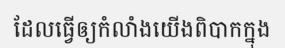
ដែលធ្វើឲ្យកំលាំងយើងពិបាកក្នុង